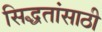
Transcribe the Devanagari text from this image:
सिद्धतांसाठी